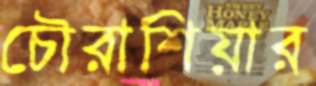
চৌরাশিয়ার